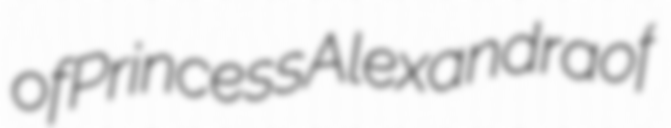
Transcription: of Princess Alexandra of